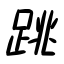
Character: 跳